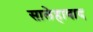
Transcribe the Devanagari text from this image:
सालेहाबाद